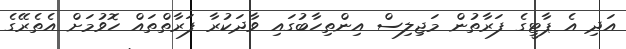
އަދި އެ ޕާޓީގެ ފަރާތުން މަޖިލިސް އިންތިހާބުގައި ވާދަކުރާ ފަރާތްތައް ހޮވުމަށް އެތެރޭގެ